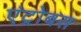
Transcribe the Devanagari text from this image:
एंट्रोबस